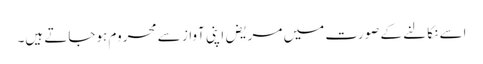
اسے نکالنے کے صورت میں مریض اپنی آواز سے محروم ہوجاتے ہیں۔